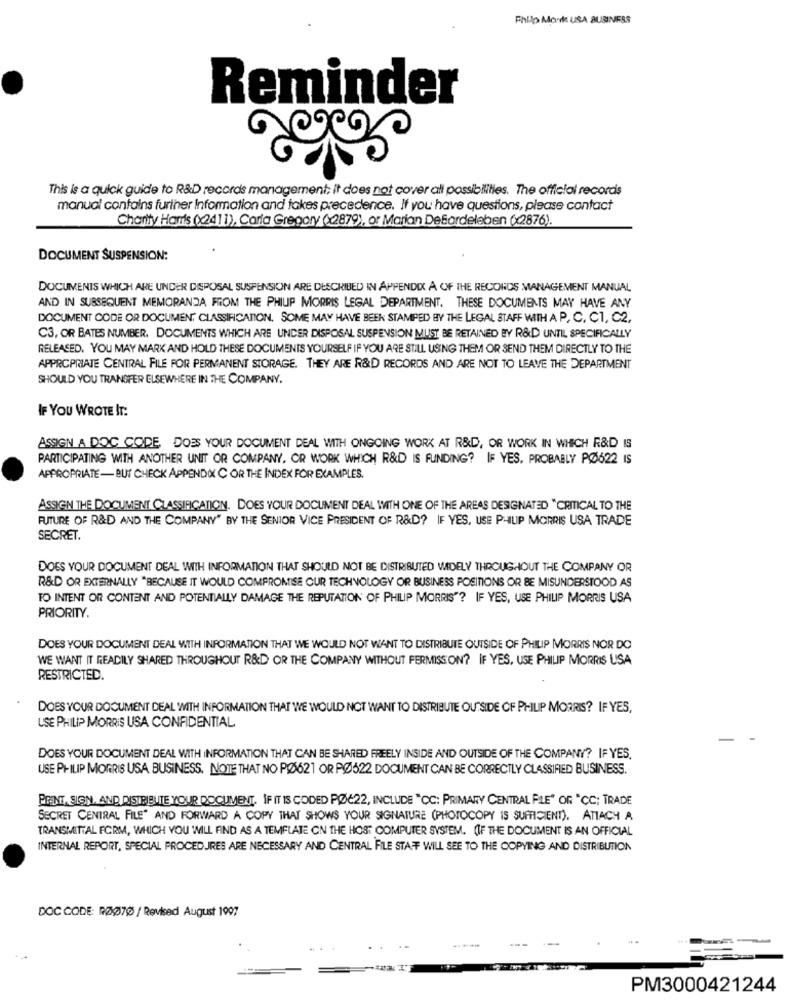
Philo Morde USA BUSINESS
Reminder
This is a quick guide to R&D records management; it does not cover all possibilities. The official recordis
manual contains further Information and takes precedence. If you have questions, please contact
Charity Ham's (x2411), Carla Gregory (x2879), or Marian DeBardeleben (x2876).
DOCUMENT SUSPENSION:
DOCUMENTS WHICH ARE UNDER DISPOSAL SUSPENSION ARE DESCRIBED IN APPENDIX A OF THE RECORDS MANAGEMENT MANUAL
AND IN SUBSEQUENT MEMORANDA FROM THE PHILIP MORRIS LEGAL DEPARTMENT. THESE DOCUMENTS MAY HAVE ANY
DOCUMENT CODE OR DOCUMENT CLASSIFICATION, SOME MAY HAVE BEEN STAMPED BY THE LEGAL STAFF WITH A P, C, C1, C2,
C3, OR BATES NUMBER, DOCUMENTS WHICH ARE UNDER DISPOSAL SUSPENSION MUST BE RETAINED BY R&D UNTIL SPECIFICALLY
RELEASED. YOU MAY MARK AND HOLD THESE DOCUMENTS YOURSELF IF YOU ARE STILL USING THEM OR SEND THEM DIRECTLY TO THE
APPROPRIATE CENTRAL FILE FOR PERMANENT STORAGE. THEY ARE R&D RECORDS AND ARE NOT TO LEAVE THE DEPARTMENT
SHOULD YOU TRANSFER ELSEWHERE IN THE COMPANY.
IF YOU WROTE IT:
ASSIGN A DOC CODE, DOES YOUR DOCUMENT DEAL WITH ONGOING WORK AT R&D, OR WORK IN WHICH R&D IS
PARTICIPATING WITH ANOTHER UNIT OR COMPANY, OR WORK WHICH R&D IS FUNDING? IF YES. PROBABLY PØ622 IS
APPROPRIATE- BUT CHECK APPENDIX C OR THE INDEX FOR EXAMPLES.
ASSIGN THE DOCUMENT CLASSIFICATION. DOES YOUR DOCUMENT DEAL WITH ONE OF THE AREAS DESIGNATED "CRITICAL TO THE
FUTURE OF R&D AND THE COMPANY" BY THE SENIOR VICE PRESIDENT OF R&D? IF YES, USE PHILIP MORRIS USA TRADE
SECRET.
DOES YOUR DOCUMENT DEAL WITH INFORMATION THAT SHOULD NOT BE DISTRIBUTED WIDELY THROUGHOUT THE COMPANY OR
R&D OR EXTERNALLY "BECAUSE IT WOULD COMPROMISE OUR TECHNOLOGY OR BUSINESS POSITIONS OR BE MISUNDERSTOOD AS
TO INTENT OR CONTENT AND POTENTIALLY DAMAGE THE REPUTATION OF PHILIP MORRIS"? IF YES, USE PHILIP MORRIS USA
PRIORITY.
DOES YOUR DOCUMENT DEAL WITH INFORMATION THAT WE WOULD NOT WANT TO DISTRIBUTE OUTSIDE OF PHILIP MORRIS NOR DO
WE WANT IT READILY SHARED THROUGHOUT R&D OR THE COMPANY WITHOUT PERMISSION? IF YES, USE PHILIP MORRIS USA
RESTRICTED.
DOES YOUR DOCUMENT DEAL WITH INFORMATION THAT WE WOULD NOT WANT TO DISTRIBUTE OUTSIDE CF PHILIP MORRIS? IF YES,
USE PHILIP MORRIS USA CONFIDENTIAL
DOES YOUR DOCUMENT DEAL WITH INFORMATION THAT CAN BE SHARED FREELY INSIDE AND OUTSIDE OF THE COMPANY? IF YES,
USE PHILIP MORRIS USA BUSINESS. NOTE THAT NO PØ621 OR PØ522 DOCUMENT CAN BE CORRECTLY CLASSIFIED BUSINESS.
PRINT, SIGN. AND DISTRIBUTE YOUR DOCUMENT. IF IT IS CODED PØ22, INCLUDE "CC: PRIMARY CENTRAL PLE" OR "CC; TRADE
SECRET CENTRAL FILE" AND FORWARD A COPY THAT SHOWS YOUR SIGNATURE (PHOTOCOPY IS SUFFICIENT), ATIACH A
TRANSMITTAL FORM, WHICH YOU WILL FIND AS A TEMPLATE ON THE HOST COMPUTER SYSTEM. IF THE DOCUMENT IS AN OFFICIAL
INTERNAL REPORT, SPECIAL PROCEDURES ARE NECESSARY AND CENTRAL FILE STAFF WILL SEE TO THE COPYING AND DISTRIBUTION
DOC CODE: RØ070 / Revised August 1997
PM3000421244